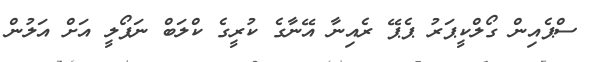
ސްޕެއިން ގޯލްކީޕަރު ޕެޕޭ ރެއިނާ އޭނާގެ ކުރީގެ ކްލަބް ނަޕޯލީ އަށް އަލުން